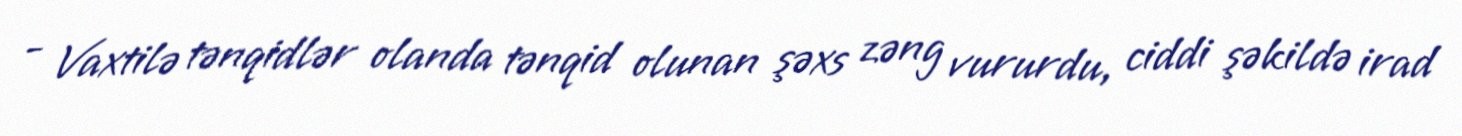
- Vaxtilə tənqidlər olanda tənqid olunan şəxs zəng vururdu, ciddi şəkildə irad